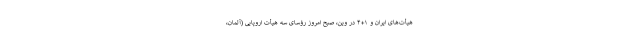
هیأت‌های ایران و ۱+۴ در وین، صبح امروز رؤسای سه هیأت اروپایی (آلمان،